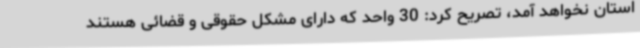
استان نخواهد آمد، تصریح کرد: 30 واحد که دارای مشکل حقوقی و قضائی هستند